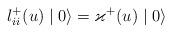
LaTeX: \begin{align*}l_{ii}^{+}(u)\mid0\rangle=\varkappa^{+}(u)\mid0\rangle\end{align*}